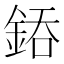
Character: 𨧐